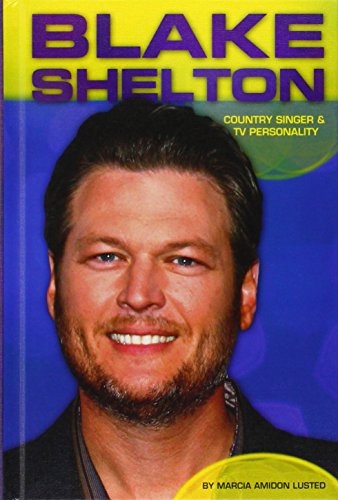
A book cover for Blake Shelton: Country Singer & TV Personality (Contemporary Lives Set 4); Marcia Amidon Lusted; Teen & Young Adult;